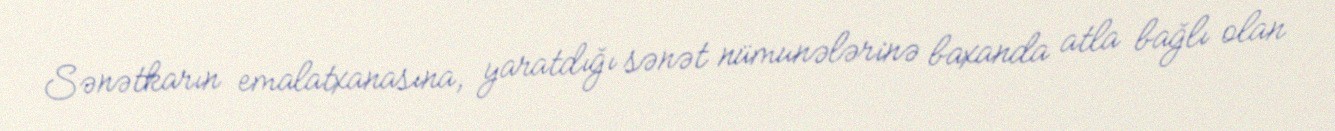
Sənətkarın emalatxanasına, yaratdığı sənət nümunələrinə baxanda atla bağlı olan